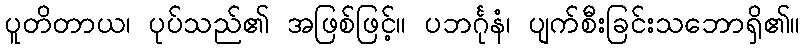
ပူတိတာယ၊ ပုပ်သည်၏ အဖြစ်ဖြင့်။ ပဘင်္ဂုနံ၊ ပျက်စီးခြင်းသဘောရှိ၏။